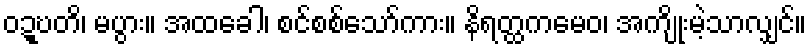
ဝဍ္ဎတိ၊ မပွား။ အထခေါ၊ စင်စစ်သော်ကား။ နိရတ္ထကမေဝ၊ အကျိုးမဲ့သာလျှင်။